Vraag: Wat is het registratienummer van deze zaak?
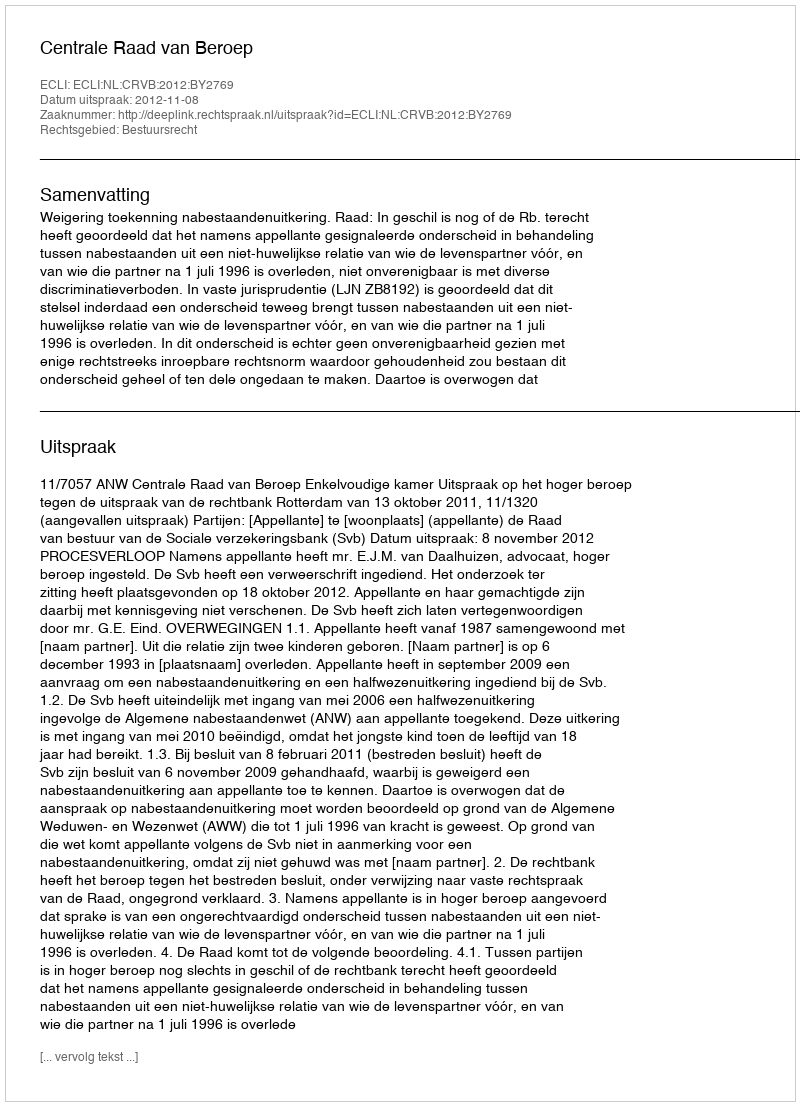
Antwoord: http://deeplink.rechtspraak.nl/uitspraak?id=ECLI:NL:CRVB:2012:BY2769